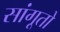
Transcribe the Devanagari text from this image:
सांगूतो